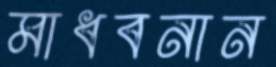
মাধবনান